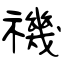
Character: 禨